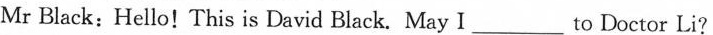
Mr Black: Hello! This is David Black. May I_________to Doctor Li?